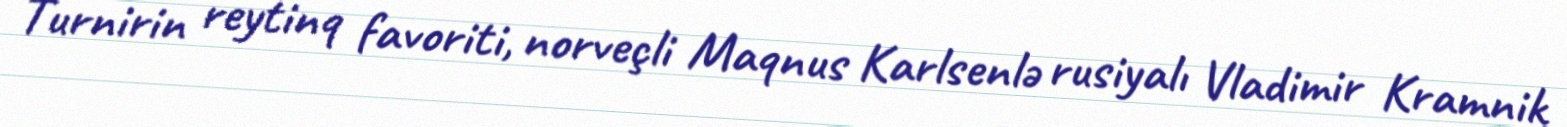
Turnirin reytinq favoriti, norveçli Maqnus Karlsenlə rusiyalı Vladimir Kramnik